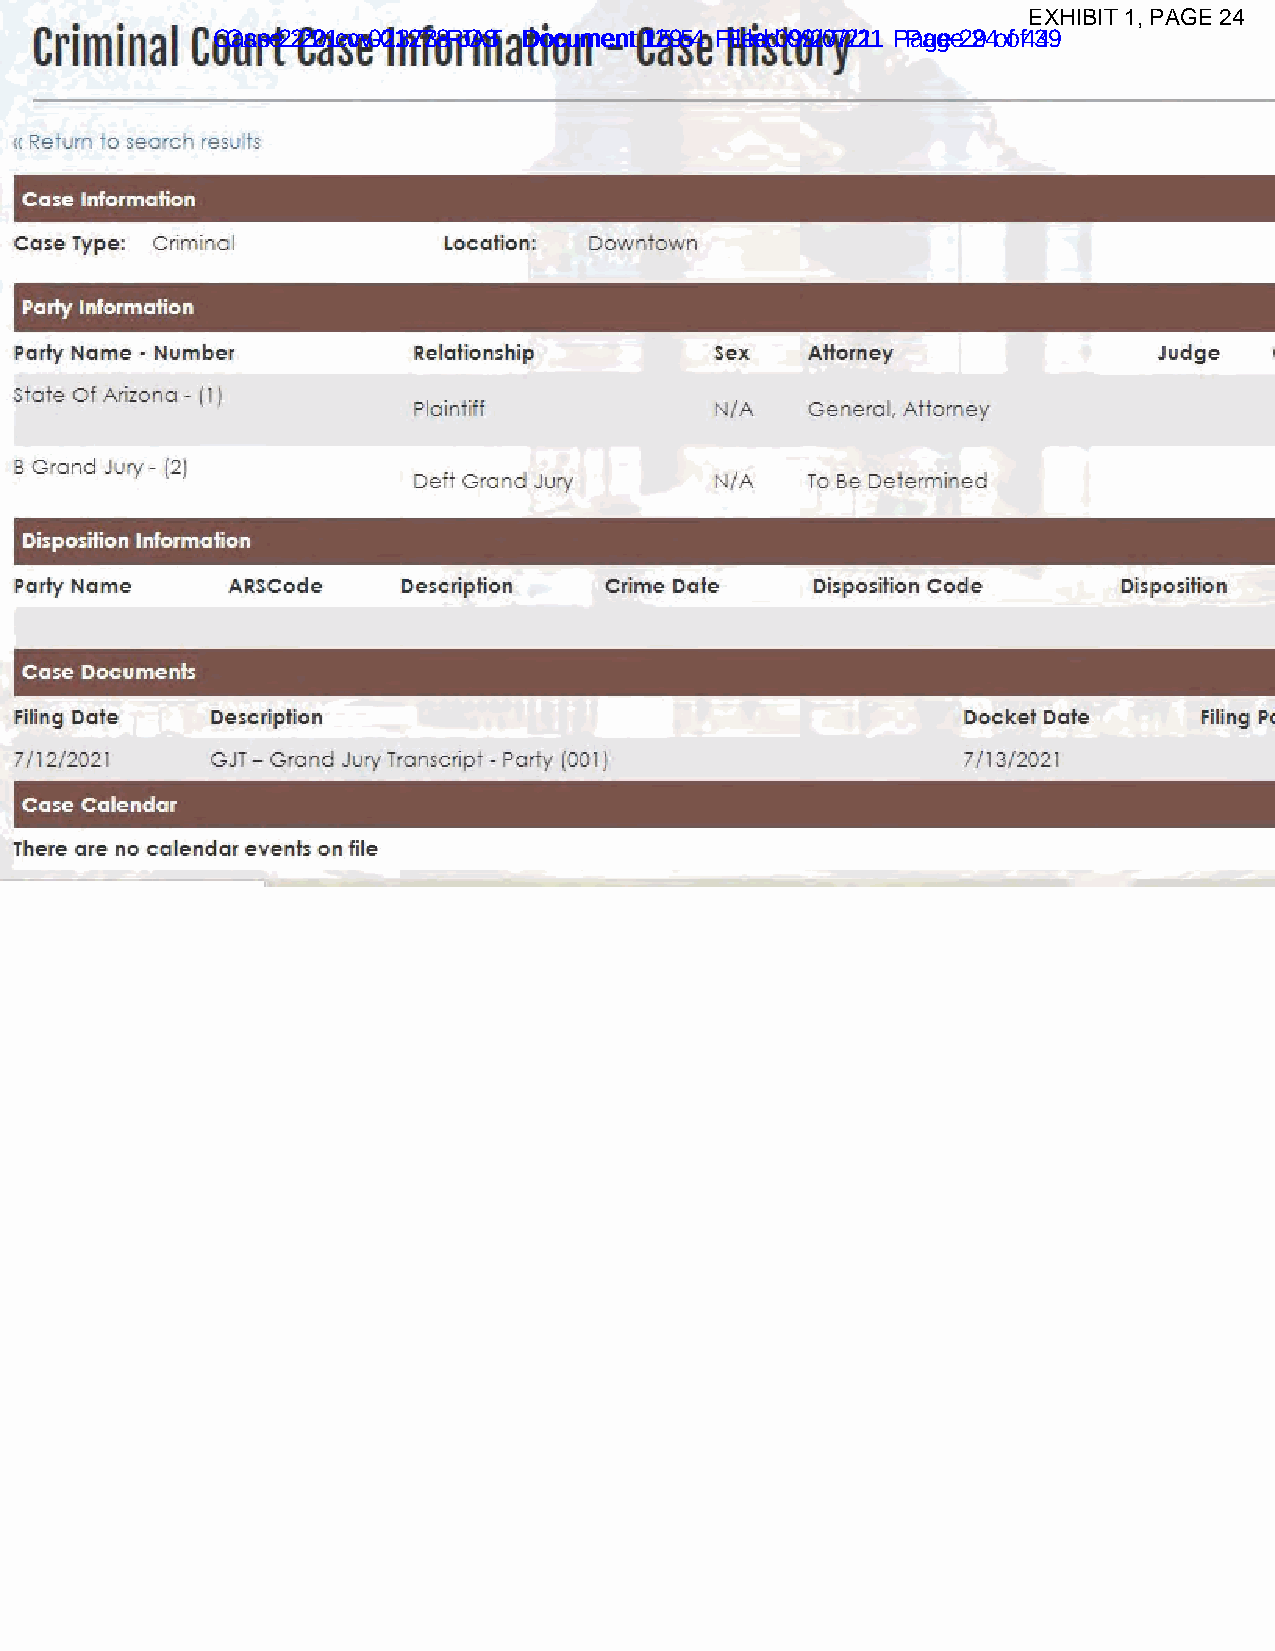
EXHIBIT 1, PAGE 24
 CCaassee 2 2:2:201-c-cvv-0-021327738-R-JOAST DDooccuummeenntt 11259-5-4 F Fileiledd 0 099/2/077/2/211 P Paaggee 2 294 o of f4 349